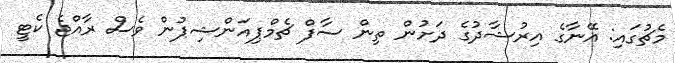
މެޗުގައި: އޭނާގެ އިރުޝާދުގެ ދަށުން ތިން ސާފް ޗެމްޕިއަންޝިޕުން ވެސް ރާއްޖެ ކެޓީ